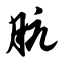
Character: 肮